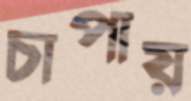
চাপায়